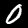
Digit: 0